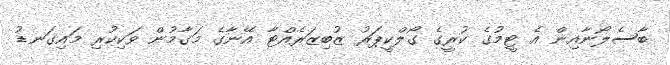
ބާސެލޯނާއިން އެ ޓީމުގެ ކުރީގެ ގޯލްކީޕަރު ޒުބިޒަރެއްޓާ އޭނާގެ މަގާމުން ވަކިކުރި މައިގަނޑު